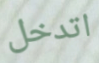
اتدخل